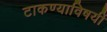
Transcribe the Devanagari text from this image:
टाकण्याविषयीं